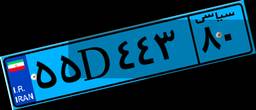
۵۵D۴۴۳۸۰